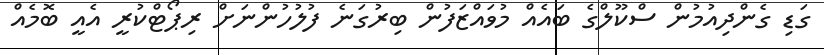
ގަޑި ގެންދިއުމުން ސްކޫލްގެ ބައެއް މުވައްޒަފުން ބިރުގަނެ ފުލުހުންނަށް ރިޕޯޓްކުރީ އެއީ ބޮމެއް